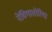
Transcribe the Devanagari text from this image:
नेविगातोरिया